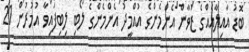
ބޮޑު އާއިލާއެއްގެ ޒުވާން އެންމެންގެ އުއްމީދު އެންމެންގެ ލޯބި ލިބިފައިވާ އުމުރުން 21